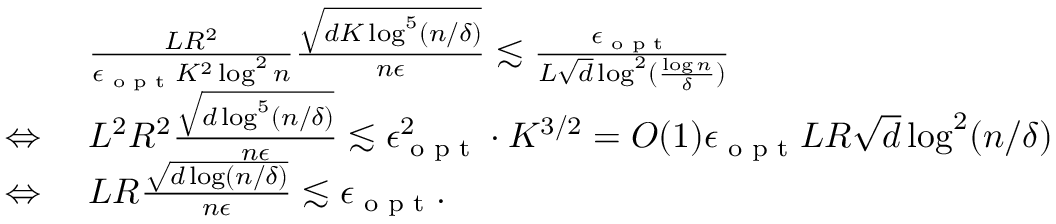
\begin{array} { r l } & { ~ \frac { L R ^ { 2 } } { \epsilon _ { \textup { o p t } } K ^ { 2 } \log ^ { 2 } n } \frac { \sqrt { d K \log ^ { 5 } ( n / \delta ) } } { n \epsilon } \lesssim \frac { \epsilon _ { \textup { o p t } } } { L \sqrt { d } \log ^ { 2 } ( \frac { \log n } { \delta } ) } } \\ { \Leftrightarrow } & { ~ L ^ { 2 } R ^ { 2 } \frac { \sqrt { d \log ^ { 5 } ( n / \delta ) } } { n \epsilon } \lesssim \epsilon _ { \textup { o p t } } ^ { 2 } \cdot K ^ { 3 / 2 } = O ( 1 ) \epsilon _ { \textup { o p t } } L R \sqrt { d } \log ^ { 2 } ( n / \delta ) } \\ { \Leftrightarrow } & { ~ L R \frac { \sqrt { d \log ( n / \delta ) } } { n \epsilon } \lesssim \epsilon _ { \textup { o p t } } . } \end{array}